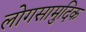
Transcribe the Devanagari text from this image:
लोगसामुदिक